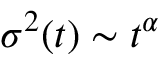
\sigma ^ { 2 } ( t ) \sim t ^ { \alpha }